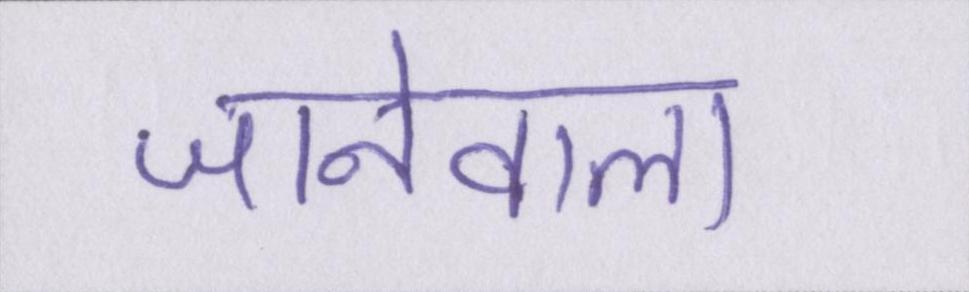
जानेवाला